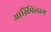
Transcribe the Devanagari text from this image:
आर्ख़िपेलाग